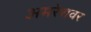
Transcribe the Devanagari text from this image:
अमरेशवर